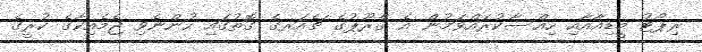
ރިޕޯޓު މީޑިއާއާއި ހިއްސާކުރައްވަމުން އެ ގްރޫޕުގެ ޗެއަރގެ ގޮތުގައި ހުންނެވި ޖެމެއިކާގެ ކުރީގެ